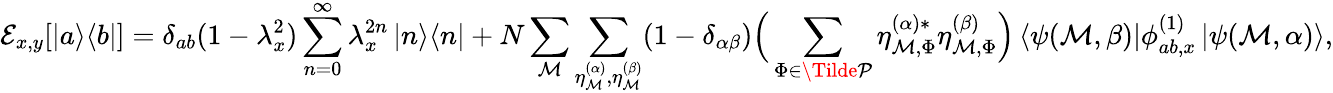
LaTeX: \mathcal{E}_{x,y}[\left|a\middle>\middle<b\right|]=\delta_{ab}(1-\lambda_{x}^{2})\sum_{n=0}^{\infty}\lambda_{x}^{2n}\left|n\middle>\middle<n\right|+N\sum_{\mathcal{M}}\sum_{\eta_{\mathcal{M}}^{(\alpha)},\eta_{\mathcal{M}}^{(\beta)}}(1-\delta_{\alpha\beta})\Big(\sum_{\Phi\in\Tilde{\mathcal{P}}}\eta_{\mathcal{M},\Phi}^{(\alpha)*}\eta_{\mathcal{M},\Phi}^{(\beta)}\Big)\left<\psi(\mathcal{M},\beta)\right|\phi_{ab,x}^{(1)}\left|\psi(\mathcal{M},\alpha)\right>,